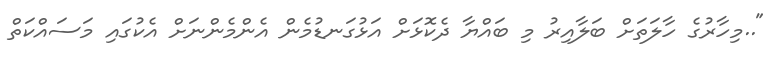
"..މިހާރުގެ ހާލަތަށް ބަލާއިރު މި ބައްޔާ ދެކޮޅަށް އަޅުގަނޑުމެން އެންމެންނަށް އެކުގައި މަސައްކަތް